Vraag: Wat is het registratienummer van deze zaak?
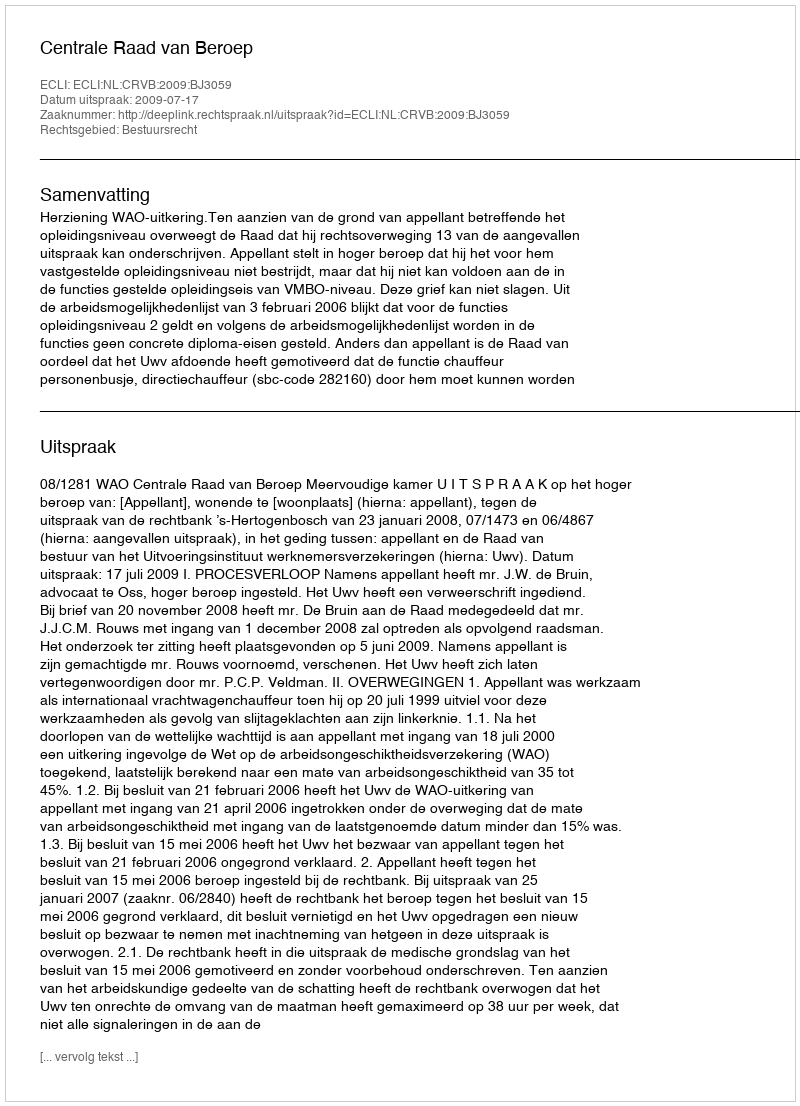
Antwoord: http://deeplink.rechtspraak.nl/uitspraak?id=ECLI:NL:CRVB:2009:BJ3059